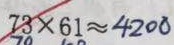
7 3 \times 6 1 \approx 4 2 0 0